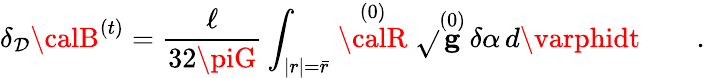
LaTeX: \delta_{\mathcal{D}}{\calB}^{(t)}=\frac{\ell}{{32\piG}}\int_{|r|=\bar{{r}}}\stackrel{(0)}{\calR}\sqrt{}{{\stackrel{(0)}{\mathbf{g}}}}\, \delta\alpha\, d\varphidt\qquad.